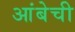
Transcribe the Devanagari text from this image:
आंबेची